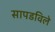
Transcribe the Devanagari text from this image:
सापडविले